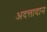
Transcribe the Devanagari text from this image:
अदत्तादान